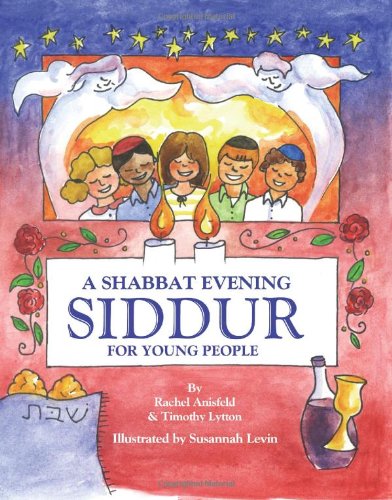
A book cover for A Toddler's Shabbat Siddur: Shabbat Evening; Timothy Lytton; Religion & Spirituality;